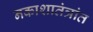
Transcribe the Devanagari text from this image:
नकाशातंत्रांत